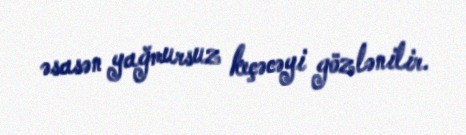
əsasən yağmursuz keçəcəyi gözlənilir.